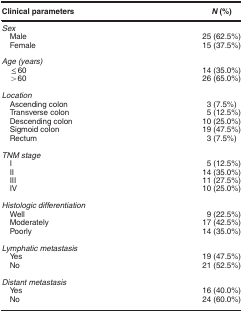
<table><thead><tr><td><b>Clinical parameters</b></td><td><b><i>N</i> (%)</b></td></tr></thead><tbody><tr><td colspan="2"><i>Sex</i></td></tr><tr><td> Male</td><td>25 (62.5%)</td></tr><tr><td> Female</td><td>15 (37.5%)</td></tr><tr><td> </td><td> </td></tr><tr><td colspan="2"><i>Age (years)</i></td></tr><tr><td> ≤60</td><td>14 (35.0%)</td></tr><tr><td> &gt;60</td><td>26 (65.0%)</td></tr><tr><td> </td><td> </td></tr><tr><td colspan="2"><i>Location</i></td></tr><tr><td> Ascending colon</td><td>3 (7.5%)</td></tr><tr><td> Transverse colon</td><td>5 (12.5%)</td></tr><tr><td> Descending colon</td><td>10 (25.0%)</td></tr><tr><td> Sigmoid colon</td><td>19 (47.5%)</td></tr><tr><td> Rectum</td><td>3 (7.5%)</td></tr><tr><td> </td><td> </td></tr><tr><td colspan="2"><i>TNM stage</i></td></tr><tr><td> I</td><td>5 (12.5%)</td></tr><tr><td> II</td><td>14 (35.0%)</td></tr><tr><td> III</td><td>11 (27.5%)</td></tr><tr><td> IV</td><td>10 (25.0%)</td></tr><tr><td> </td><td> </td></tr><tr><td colspan="2"><i>Histologic differentiation</i></td></tr><tr><td> Well</td><td>9 (22.5%)</td></tr><tr><td> Moderately</td><td>17 (42.5%)</td></tr><tr><td> Poorly</td><td>14 (35.0%)</td></tr><tr><td> </td><td> </td></tr><tr><td colspan="2"><i>Lymphatic metastasis</i></td></tr><tr><td> Yes</td><td>19 (47.5%)</td></tr><tr><td> No</td><td>21 (52.5%)</td></tr><tr><td> </td><td> </td></tr><tr><td colspan="2"><i>Distant metastasis</i></td></tr><tr><td> Yes</td><td>16 (40.0%)</td></tr><tr><td> No</td><td>24 (60.0%)</td></tr></tbody></table>